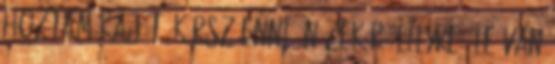
Hoztam kaját, kérsz enni? Nézek rá Lilyre. Le van